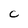
Character: C